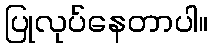
ပြုလုပ်နေတာပါ။